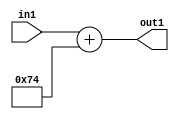
`timescale 1ps / 1ps
/*****************************************************************************
    Verilog RTL Description
    
    
    Created by: Stratus DpOpt 2019.1.01 
*******************************************************************************/

module DC_Filter_Add_12U_231_4 (
	in1,
	out1
	); /* architecture "behavioural" */ 
input [11:0] in1;
output [11:0] out1;
wire [11:0] asc001;

assign asc001 = 
	+(in1)
	+(12'B000001110100);

assign out1 = asc001;
endmodule

/* CADENCE  urj5TQ8= : u9/ySgnWtBlWxVPRXgAZ4Og= ** DO NOT EDIT THIS LINE ******/